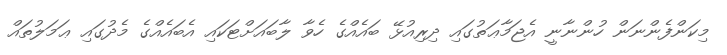
މިކަންފެންނަން ހުންނާނީ އެޖަމާޢަތުގައި ދިރިއުޅޭ ބައެއްގެ ހެވާ ލާބައަށްޓަކައި އެބައެއްގެ މެދުގައި ޢަމަލުތައް